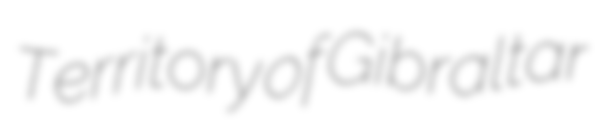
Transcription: Territory of Gibraltar